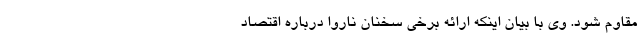
مقاوم شود. وی با بیان اینکه ارائه برخی سخنان ناروا درباره اقتصاد